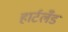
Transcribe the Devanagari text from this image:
हार्टलँड